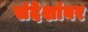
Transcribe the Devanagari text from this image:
संदेशांवर